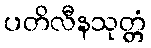
ပတိလီနသုတ္တံ